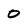
Character: 0